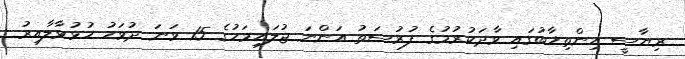
ރިޔާސީ އިންތިޚާބުގައި ވާދަކުރުމުގެ ފުރުސަތު އަންނަ ޖުލައިމަހުގެ 15 ވަނަ ދުވަހު ހުޅުވާލާއިރު